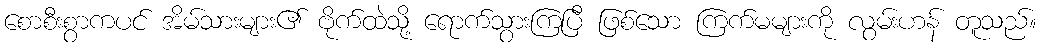
စောစီးစွာကပင် အိမ်သားများ၏ ဗိုက်ထဲသို့ ရောက်သွားကြပြီ ဖြစ်သော ကြက်မများကို လွမ်းဟန် တူသည်။